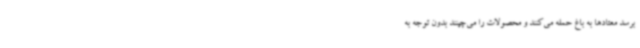
برسد معتادها به باغ حمله می‌کنند و محصولات را می‌چینند بدون توجه به